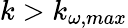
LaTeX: k>k_{\omega,max}